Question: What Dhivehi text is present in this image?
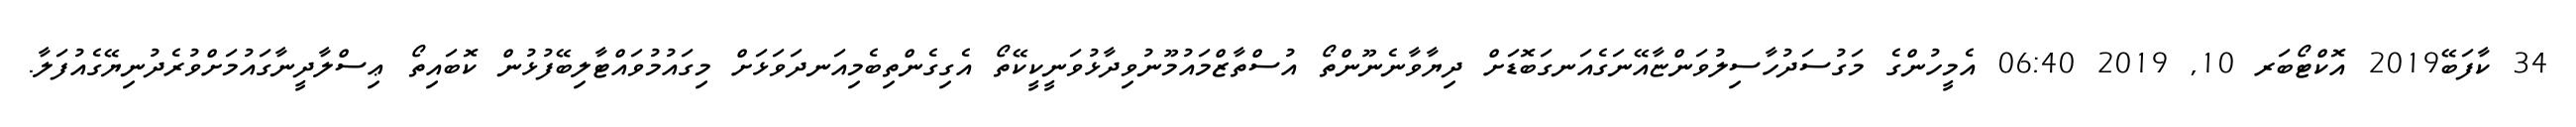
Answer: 34 ކާފަބޭ2019 އޮކްޓޯބަރ 10, 2019 06:40 އެމީހުންގެ މަގުސަދުހާސިލުވަންޏާއޭނަގެއަނގަބޮޑަށް ދިޔާވާނެނޫންތޯ އުސްތާޒްމައުމޫނުވިދާޅުވަނީކީކޭތޯ އެގިގެންތިބެމިއަނދަވަޅަށް މިގައުމުވައްޓާލިބޭފުޅުން ކޮބައިތޯ ޢިސްލާދީނާގައުމަށްވުރެދުނިޔޭގެއުފަލާ.